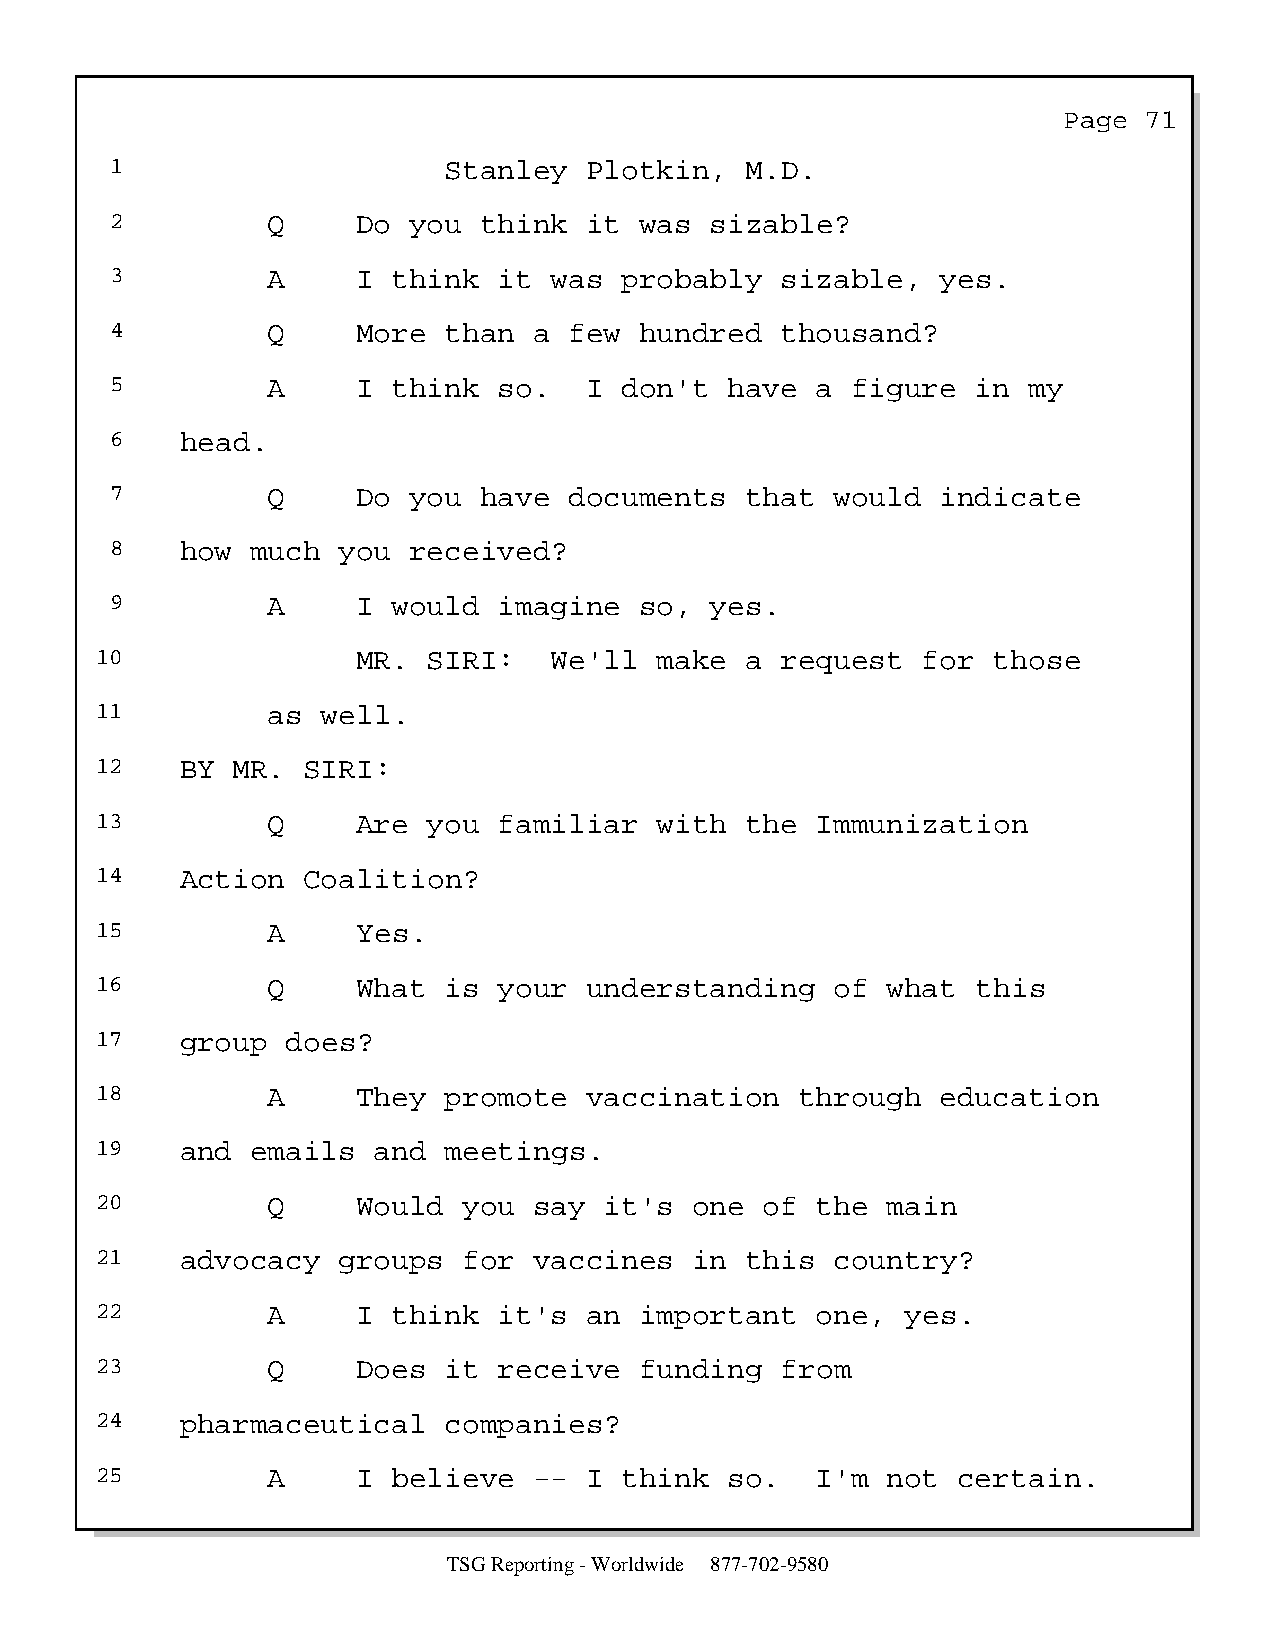
Page  71
 1                     Stanley   Plotkin,  M.D.
 2          Q     Do you  think  it was  sizable?
 3          A     I think  it was  probably   sizable,  yes.
 4          Q     More than  a  few hundred   thousand?
 5          A     I think  so.   I don't  have  a figure   in my
 6    head.
 7          Q     Do you  have  documents  that  would  indicate
 8    how  much you  received?
 9          A     I would  imagine  so,  yes.
 10                MR. SIRI:   We'll   make a  request  for  those
 11          as well.
 12    BY MR.  SIRI:
 13          Q     Are you  familiar   with the  Immunization
 14    Action  Coalition?
 15          A     Yes.
 16          Q     What is  your  understanding   of  what  this
 17    group  does?
 18          A     They promote   vaccination   through  education
 19    and  emails  and meetings.
 20          Q     Would  you say  it's  one  of the  main
 21    advocacy  groups   for vaccines   in this  country?
 22          A     I think  it's  an important   one,  yes.
 23          Q     Does it  receive  funding   from
 24    pharmaceutical   companies?
 25          A     I believe  --  I think  so.   I'm  not certain.
 TSG Reporting - Worldwide 877-702-9580